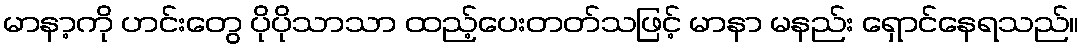
မာနာ့ကို ဟင်းတွေ ပိုပိုသာသာ ထည့်ပေးတတ်သဖြင့် မာနာ မနည်း ရှောင်နေရသည်။